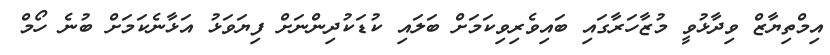
އިމްތިޔާޒް ވިދާޅުވީ މުޒާހަރާގައި ބައިވެރިވިކަމަށް ބަލައި ކުޑަކުދިންނަށް ފިޔަވަޅު އަޅާނެކަމަށް ބުނެ ހޯމް